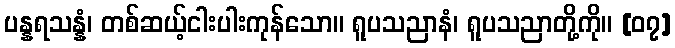
ပန္နရသန္နံ၊ တစ်ဆယ့်ငါးပါးကုန်သော။ ရူပသညာနံ၊ ရူပသညာတို့ကို။ [၀၇]